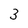
Character: 3